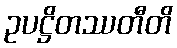
ဥပဋ္ဌိတဿတီတိ